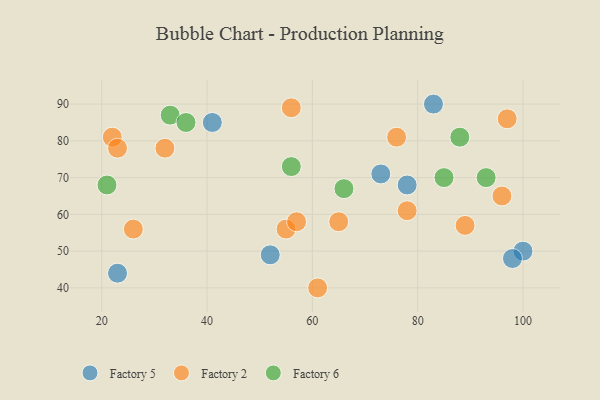
{"axis": {"x": "GDP", "y": "Life Expectancy"}, "legend": ["Factory 2", "Factory 5", "Factory 6"], "data": [{"x": "41", "y": 85, "type": "Factory 5"}, {"x": "78", "y": 68, "type": "Factory 5"}, {"x": "100", "y": 50, "type": "Factory 5"}, {"x": "73", "y": 71, "type": "Factory 5"}, {"x": "98", "y": 48, "type": "Factory 5"}, {"x": "52", "y": 49, "type": "Factory 5"}, {"x": "23", "y": 44, "type": "Factory 5"}, {"x": "83", "y": 90, "type": "Factory 5"}, {"x": "89", "y": 57, "type": "Factory 2"}, {"x": "32", "y": 78, "type": "Factory 2"}, {"x": "56", "y": 89, "type": "Factory 2"}, {"x": "22", "y": 81, "type": "Factory 2"}, {"x": "97", "y": 86, "type": "Factory 2"}, {"x": "96", "y": 65, "type": "Factory 2"}, {"x": "61", "y": 40, "type": "Factory 2"}, {"x": "76", "y": 81, "type": "Factory 2"}, {"x": "55", "y": 56, "type": "Factory 2"}, {"x": "78", "y": 61, "type": "Factory 2"}, {"x": "57", "y": 58, "type": "Factory 2"}, {"x": "65", "y": 58, "type": "Factory 2"}, {"x": "26", "y": 56, "type": "Factory 2"}, {"x": "23", "y": 78, "type": "Factory 2"}, {"x": "85", "y": 70, "type": "Factory 6"}, {"x": "66", "y": 67, "type": "Factory 6"}, {"x": "93", "y": 70, "type": "Factory 6"}, {"x": "56", "y": 73, "type": "Factory 6"}, {"x": "21", "y": 68, "type": "Factory 6"}, {"x": "33", "y": 87, "type": "Factory 6"}, {"x": "36", "y": 85, "type": "Factory 6"}, {"x": "88", "y": 81, "type": "Factory 6"}]}